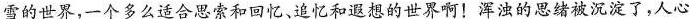
雪的世界，一个多么适合思索和回忆、追忆和遐想的世界啊！浑浊的思绪被沉淀了，人心